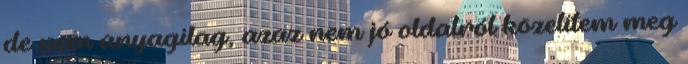
de nem anyagilag, azaz nem jó oldalról közelítem meg